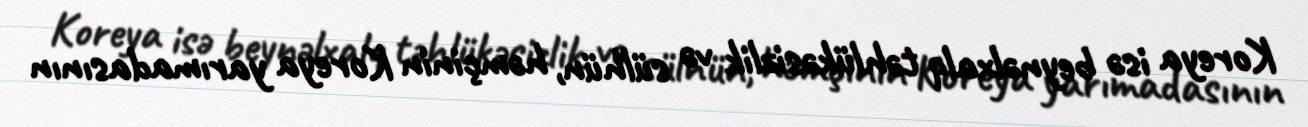
Koreya isə beynəlxalq təhlükəsizlik və sülhün, həmçinin Koreya yarımadasının